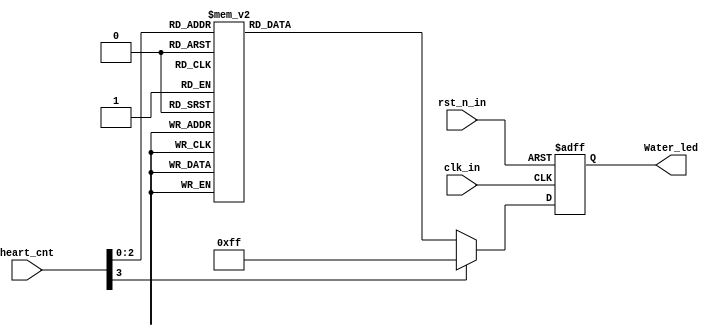
// --------------------------------------------------------------------
// >>>>>>>>>>>>>>>>>>>>>>>>> COPYRIGHT NOTICE <<<<<<<<<<<<<<<<<<<<<<<<<
// --------------------------------------------------------------------
// Module: Water_led
// 
// 
// Description: Water_led
// 
// Web: www.stepfpga.com
// 
// --------------------------------------------------------------------
// Code Revision History :
// --------------------------------------------------------------------
// Version: |Mod. Date:   |Changes Made:
// V1.0     |2016/04/20   |Initial ver
// --------------------------------------------------------------------
module Water_led
(
input clk_in,  //clk_in = 12mhz
input rst_n_in,  //rst_n_in, active low
input [3:0] heart_cnt,  //heart_cnt input
output reg [7:0] Water_led  //Water_led output
);

always@(posedge clk_in or negedge rst_n_in)
	begin
		if(!rst_n_in) begin 
			Water_led<=8'b1111_1111;
		end else case (heart_cnt)
			4'd0: Water_led<=8'b1111_1110;
			4'd1: Water_led<=8'b1111_1101;
			4'd2: Water_led<=8'b1111_1011;
			4'd3: Water_led<=8'b1111_0111;
			4'd4: Water_led<=8'b1110_1111;
			4'd5: Water_led<=8'b1101_1111;
			4'd6: Water_led<=8'b1011_1111;
			4'd7: Water_led<=8'b0111_1111;
			default: Water_led<=8'b1111_1111;
		endcase
	end

endmodule